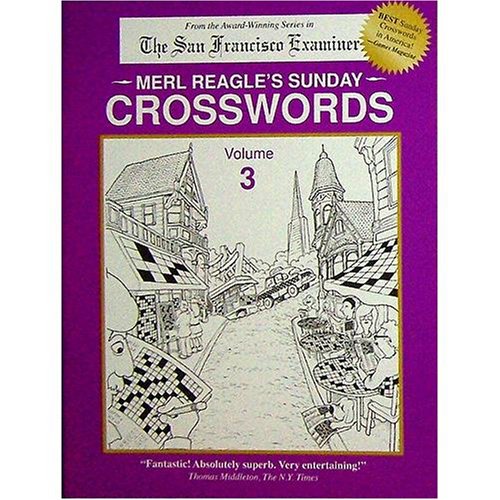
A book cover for Merl Reagle's Sunday Crosswords, Vol. 3; Merl Reagle; Humor & Entertainment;